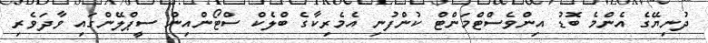
ދުނިޔޭގެ އެންމެ ބޮޑު އިންވެސްޓްމަންޓް ކުންފުނި އެމެރިކާގެ ބްލެކް ސްޓޯންއިން ސީޕްލޭންގައި ވާދަވެރި